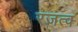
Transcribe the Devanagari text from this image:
रजत्व